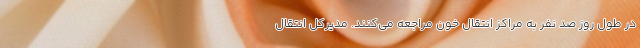
در طول روز صد نفر به مراکز انتقال خون مراجعه می‌کنند. مدیرکل انتقال